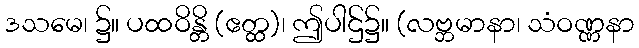
ဒသမေ၊ ၌။ ပထဝိန္တိ (ဧတ္ထ)၊ ဤပါဌ်၌။ (လဗ္ဘမာနာ၊ သံဝဏ္ဏနာ